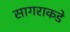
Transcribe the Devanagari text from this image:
सागराकडे